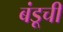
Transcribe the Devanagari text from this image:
बंडूची